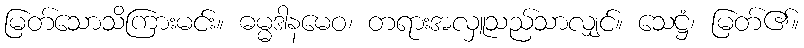
မြတ်သောသိကြားမင်း။ ဓမ္မဒါနမေဝ၊ တရားအလှူသည်သာလျှင်။ သေဋ္ဌံ၊ မြတ်၏။